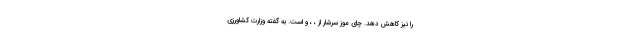
را نیز کاهش دهد. چای موز سرشار از ، ، و است. به گفته وزارت کشاورزی